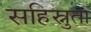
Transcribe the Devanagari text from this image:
सहिस्नुता